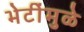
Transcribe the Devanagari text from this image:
भेटींमुळे